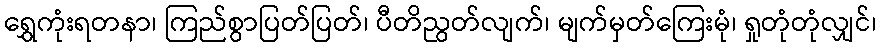
ရွှေကုံးရတနာ၊ ကြည်စွာပြတ်ပြတ်၊ ပီတိညွတ်လျက်၊ မျက်မှတ်ကြေးမုံ၊ ရှုတုံတုံလျှင်၊